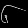
Digit: ၆